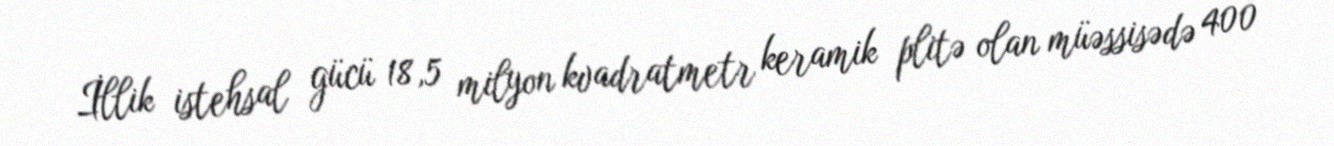
İllik istehsal gücü 18,5 milyon kvadratmetr keramik plitə olan müəssisədə 400